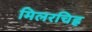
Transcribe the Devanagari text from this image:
मिलरचिह्र